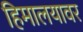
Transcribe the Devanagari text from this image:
हिमालयावर